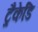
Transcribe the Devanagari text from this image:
ट्रैकेडि